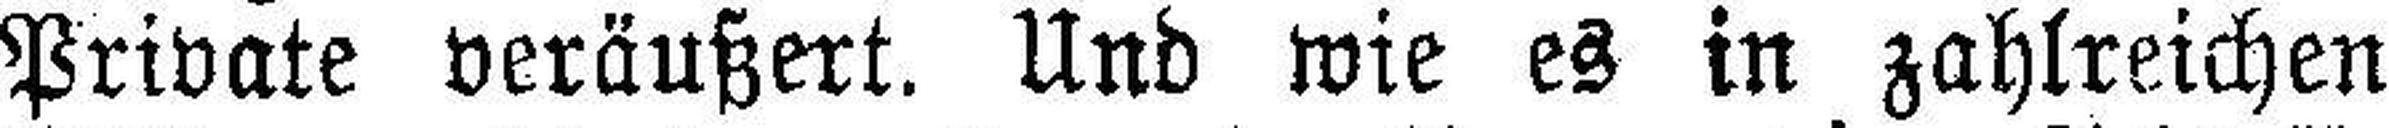
Private veräußert. Und wie es in zahlreichen